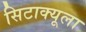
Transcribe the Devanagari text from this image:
सिटाक्यूला